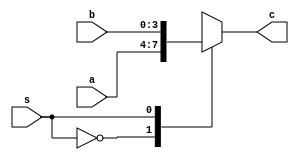
`timescale 1ns / 1ps
//////////////////////////////////////////////////////////////////////////////////
// Company: CPP
// 
// Design Name: FourBit2x1Mux
// Module Name: FourBit2x1Mux
// Project Name: FourBit2x1Mux
// Target Devices: Nexys A7
// Tool Versions: 
// Description: This is a four bit 2x1 Mux using behavioral modeling
// 
// Dependencies: 
// 
// Revision:
// Revision 0.01 - File Created
// Additional Comments:
// 
//////////////////////////////////////////////////////////////////////////////////


module FourBit2x1Mux(
    input s,
    input [3:0] a,
    input [3:0] b,
    output reg [3:0] c
    );
    always @ (s or a or b)
    // based on the select, assign the output to the corresponding input
    case (s)
        1'b0 : c[3:0] = a[3:0];
        1'b1 : c[3:0] = b[3:0];
    endcase
endmodule